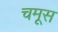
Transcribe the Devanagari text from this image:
चमूस